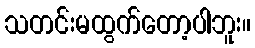
သတင်းမထွက်တော့ပါဘူး။